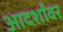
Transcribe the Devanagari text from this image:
आदर्शांवर